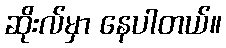
ဆိုးလ်မှာ နေပါတယ်။